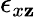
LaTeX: \epsilon_{x\mathbf{z}}